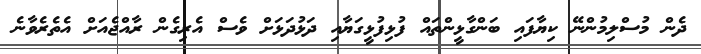
ދެން މުސްލިމުންނޭ ކިޔާފައި ބަންގާޅީންތައް ފުޅިފުޅީގަޔާއި ދަޅުދަޅަށް ވެސް އެރިގެން ރާއްޖެއަށް އެތެރެވާނެ